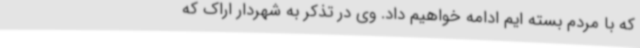
که با مردم بسته ایم ادامه خواهیم داد. وی در تذکر به شهردار اراک که